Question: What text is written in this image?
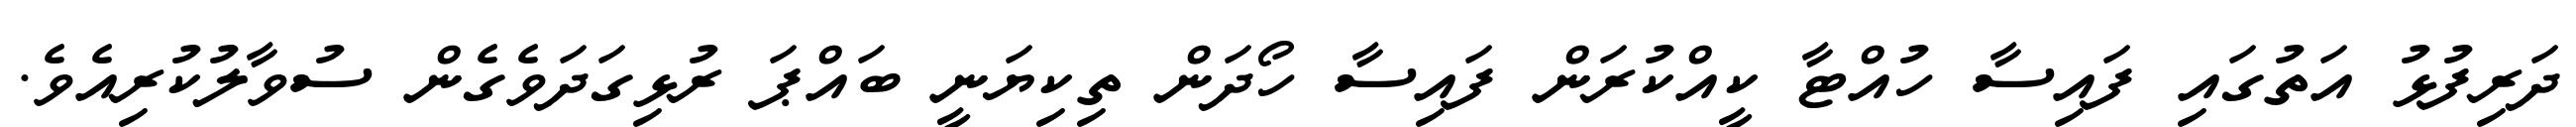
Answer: ދަރިފުޅު އަތުގައި ފައިސާ ހުއްޓާ ކީއްކުރަން ފައިސާ ހޯދަން ތިކިޔަނީ ބައްޕަ ރުޅިގަދަވެގެން ސުވާލުކުރިއެވެ.